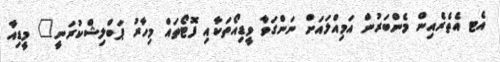
އެޓ އެތެރެއިން މެންބަރުން އަމިއްލައަށް ނަންގަވާ ވީޑިއޯތަކާއި ފޮޓޯތައް މިހާރު ޕަބްލިޝްކުރަނީ" މީޑިއާ